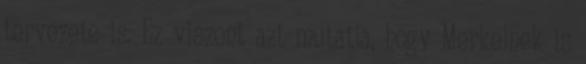
tervezete is. Ez viszont azt mutatja, hogy Merkelnek is